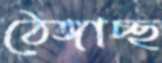
ঠেঙ্গাচ্ছ